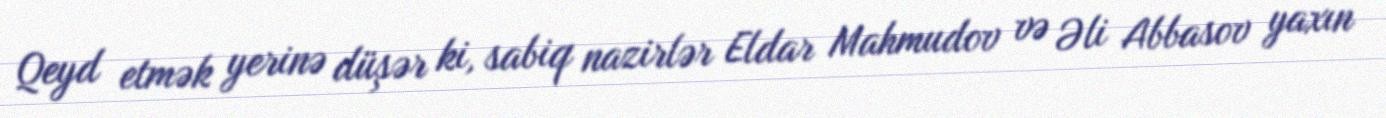
Qeyd etmək yerinə düşər ki, sabiq nazirlər Eldar Mahmudov və Əli Abbasov yaxın